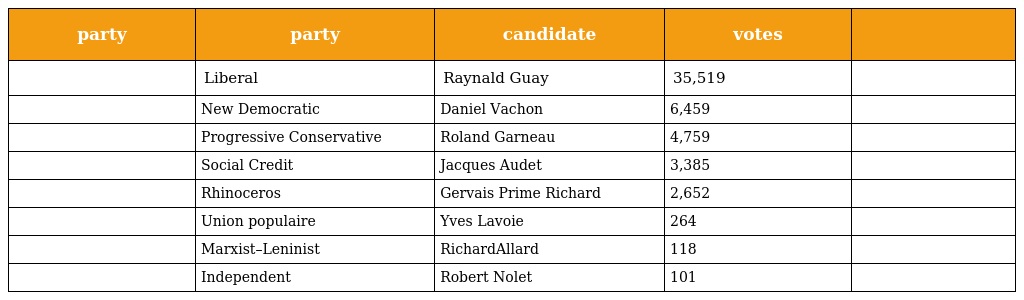
| party | party | candidate | votes |  |
 | --- | --- | --- | --- | --- |
 |  | Liberal | Raynald Guay | 35,519 |  |
 |  | New Democratic | Daniel Vachon | 6,459 |  |
 |  | Progressive Conservative | Roland Garneau | 4,759 |  |
 |  | Social Credit | Jacques Audet | 3,385 |  |
 |  | Rhinoceros | Gervais Prime Richard | 2,652 |  |
 |  | Union populaire | Yves Lavoie | 264 |  |
 |  | Marxist–Leninist | RichardAllard | 118 |  |
 |  | Independent | Robert Nolet | 101 |  |